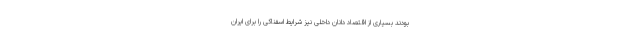
بودند بسیاری از اقتصاد دانان داخلی نیز شرایط اسفناکی را برای ایران